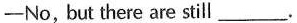
-No, but there are still___.